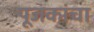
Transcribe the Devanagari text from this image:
पूजकांचा